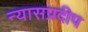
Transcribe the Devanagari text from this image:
न्यासप्रदीप